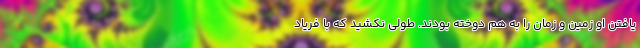
یافتن او زمین و زمان را به هم دوخته بودند. طولی نکشید که با فریاد